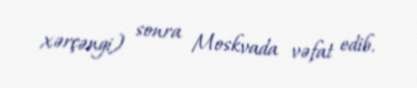
xərçəngi) sonra Moskvada vəfat edib.